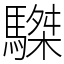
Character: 䮪